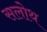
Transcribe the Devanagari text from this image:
सलोथ